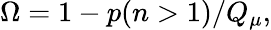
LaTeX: \Omega=1-p(n>1)/Q_{\mu},